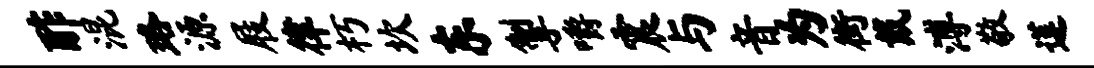
酢混珞源屐律朽坎东掣嚼震与音为街戴溥敬莲